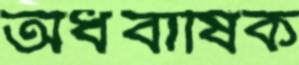
অর্ধবাষিক